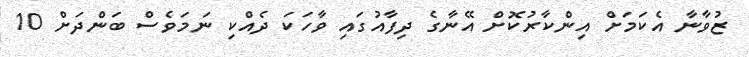
ޒުވާނާ އެކަމަށް އިންކާރުކޮށް އޭނާގެ ދިފާއުގައި ވާހަކަ ދެއްކި ނަމަވެސް ބަންދަށް 10